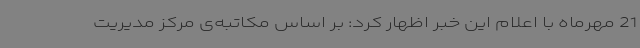
21 مهرماه با اعلام این خبر اظهار کرد: بر اساس مکاتبه‌ی مرکز مدیریت